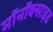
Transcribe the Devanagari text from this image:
मॉनॉक्साइड